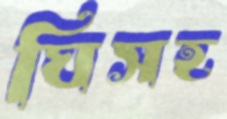
ঘিসহ